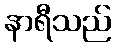
နာရီသည်